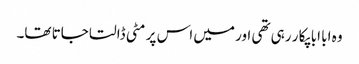
وہ ابا ابا پکا ر رہی تھی اور میں اس پر مٹی ڈالتا جاتا تھا۔